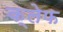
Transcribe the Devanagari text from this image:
क्लेफ